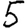
Digit: 5